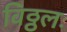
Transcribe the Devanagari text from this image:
विठ्ठलः